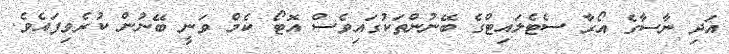
އަދި ނާސާގެ އޯރާ ސެޓެލައިޓްގެ ބޭނުންތަކުގައިވެސް އޮޓޯ ކެމް ވަނީ ބޭނުން ކުރެވިފައެވެ.